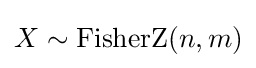
X\sim \operatorname {FisherZ} (n,m)